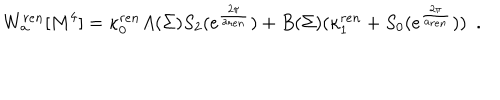
W _ { \bf a } ^ { r e n } [ M ^ { 4 } ] = \kappa _ { 0 } ^ { r e n } A ( \Sigma ) S _ { 2 } ( e ^ { \frac { 2 \pi } { { \bf a } _ { r e n } } } ) + B ( \Sigma ) ( \kappa _ { 1 } ^ { r e n } + S _ { 0 } ( e ^ { \frac { 2 \pi } { { \bf a } _ { r e n } } } ) ) ~ ~ .